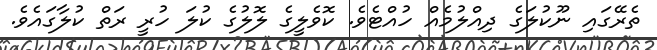
ތެރޭގައި ނޫކުލަގެ ދިއްލުމެއް ހުއްޓެވެ. ކޮވެލީގެ ލޮލުގެ ކުލަ ހުރީ ރަތް ކުލާގައެވެ.